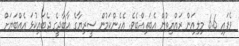
ވެފައި 6.6 މިލިއަން ރައްޔިތުން އެބަތިއްބެވެ. އެހެންކަމުން ސީރިޔާގެ އާބާދީގެ ދެބައިކުޅަ އެއްބަޔަށް